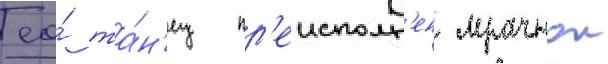
ео́ та́н'ец пр'еисполн'ен мрачнои